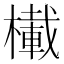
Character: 𪳾